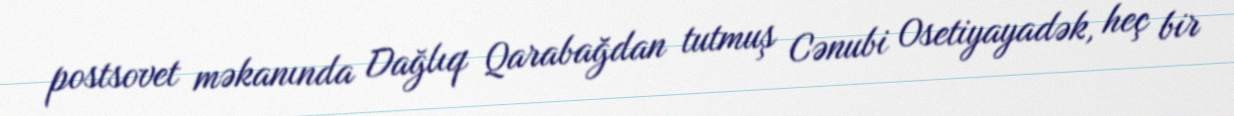
postsovet məkanında Dağlıq Qarabağdan tutmuş Cənubi Osetiyayadək, heç bir